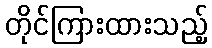
တိုင်ကြားထားသည့်